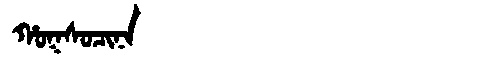
Manchu: ᡥᠣᡴᠰᠣᠴᡳᠨᠠ
Romanization: HOKSOCINA